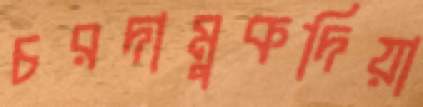
চরদামুকদিয়া